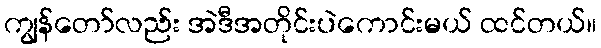
ကျွန်တော်လည်း အဲဒီအတိုင်းပဲကောင်းမယ် ထင်တယ်။